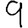
Digit: 9